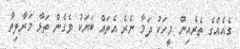
ގެއެއްގެ ތެރެއިން މީހަކު ދަމާ ނެރެ އެތައް ބަޔަކު ވެގެން ތަޅާ މަރާލިތާ